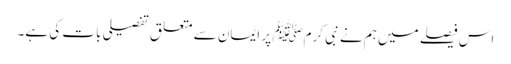
اس فیصلے میں ہم نے نبی کرمﷺ پر ایمان سے متعلق تفصیلی بات کی ہے۔